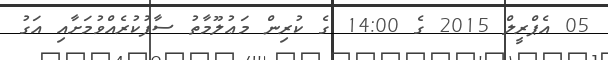
05 އެޕްރީލް 2015 ގެ 14:00 ގެ ކުރިން މަޢުލޫމާތު ސާފުކުރެއްވުމަށާއި އަގު